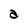
Character: a